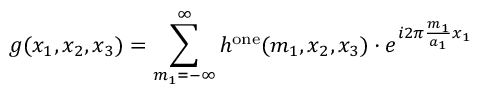
g ( x _ { 1 } , x _ { 2 } , x _ { 3 } ) = \sum _ { m _ { 1 } = - \infty } ^ { \infty } h ^ { \mathrm { o n e } } ( m _ { 1 } , x _ { 2 } , x _ { 3 } ) \cdot e ^ { i 2 \pi { \frac { m _ { 1 } } { a _ { 1 } } } x _ { 1 } }